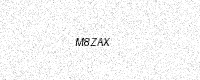
Text: M8ZAX